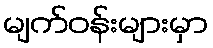
မျက်ဝန်းများမှာ